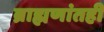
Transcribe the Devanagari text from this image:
ब्राह्मणांतही